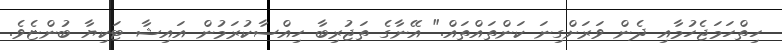
ހިތްހަމަޖެހުމާއި ދެން ވަރަށްގިނަ ކަންތައްތައް." އޭނާގެ ތަޖުރިބާ ހިއްސާކުރަމުން އައިޝާ ޓަކިޔާ ބުންޏެވެ.